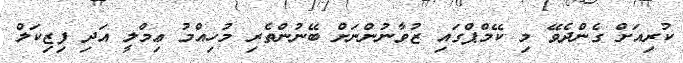
ކުރިއަށް ގެންދެވޭ މި ކޭމްޕްގައި ޒުވާނުންނަށް ބޭނުންތެރި މުހިއްމު ޢިމްލީ އަދި ފިޒިކަލް